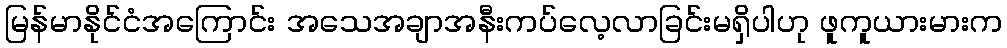
မြန်မာနိုင်ငံအကြောင်း အသေအချာအနီးကပ်လေ့လာခြင်းမရှိပါဟု ဖူကူယားမားက